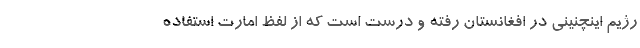
رژيم اينچنيني در افغانستان رفته و درست است كه از لفظ امارت استفاده